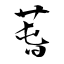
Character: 萅